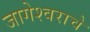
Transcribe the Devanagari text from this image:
जागेश्वराचे